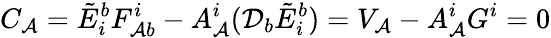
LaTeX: C_{\mathcal{A}}={\tilde{{E}}}_{i}^{b}F_{\mathcal{A}b}^{i}-A_{\mathcal{A}}^{i}({\mathcal{{D}}}_{b}{\tilde{{E}}}_{i}^{b})=V_{\mathcal{A}}-A_{\mathcal{A}}^{i}G^{i}=0